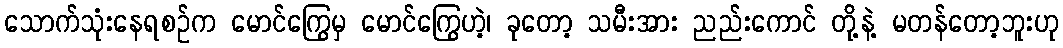
သောက်သုံးနေရစဉ်က မောင်ကြွေမှ မောင်ကြွေဟဲ့၊ ခုတော့ သမီးအား ညည်းကောင် တို့နဲ့ မတန်တော့ဘူးဟု